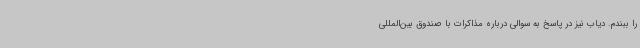
را ببندم. دیاب نیز در پاسخ به سوالی درباره مذاکرات با صندوق بین‌المللی